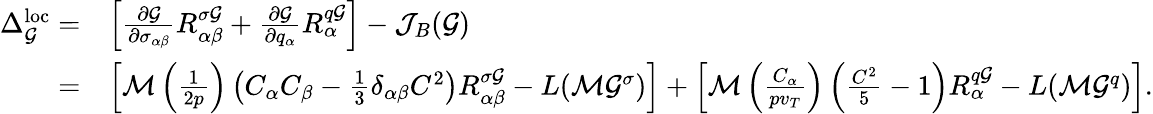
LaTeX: \begin{array}{rl}{\Delta_{\mathcal{G}}^{\mathrm{loc}}=}&{\left[\frac{\partial\mathcal{G}}{\partial\sigma_{\alpha\beta}}R_{\alpha\beta}^{\sigma\mathcal{G}}+\frac{\partial\mathcal{G}}{\partial q_{\alpha}}R_{\alpha}^{q\mathcal{G}}\right]-\mathcal{J}_{B}(\mathcal{G})}\\ {=}&{\left[\mathcal{M}\left(\frac{1}{2p}\right)\left(C_{\alpha}C_{\beta}-\frac{1}{3}\delta_{\alpha\beta}C^{2}\right)R_{\alpha\beta}^{\sigma\mathcal{G}}-L(\mathcal{M}\mathcal{G}^{\sigma})\right]+\left[\mathcal{M}\left(\frac{C_{\alpha}}{pv_{T}}\right)\left(\frac{C^{2}}{5}-1\right)R_{\alpha}^{q\mathcal{G}}-L(\mathcal{M}\mathcal{G}^{q})\right].}\end{array}